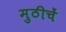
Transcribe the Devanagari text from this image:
मुठीचें